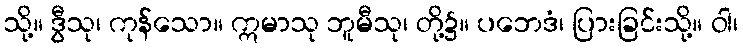
သို့။ ဒွီသု၊ ကုန်သော။ ဣမာသု ဘူမီသု၊ တို့၌။ ပဘေဒံ၊ ပြားခြင်းသို့။ ဝါ၊